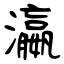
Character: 瀛